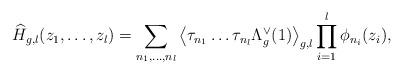
LaTeX: \begin{align*}\widehat{H}_{g,l}(z_1,\dots ,z_l)=\sum_{n_1,\dots,n_l}\left<\tau_{n_1}\dots\tau_{n_l}\Lambda_g^{\vee}(1)\right>_{g,l}\prod_{i=1}^l\phi_{n_i}(z_i),\end{align*}